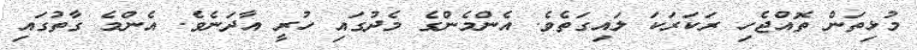
މުޅިތަން ތޮއްޖެހި ރަކަރަކަ ލައިގަތެވެ. އެންމެންގެ މެދުގައި ހުރީ އާދަނެވެ. އެންމެ ގާތުގައި